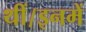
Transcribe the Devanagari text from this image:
थीं।इनमें